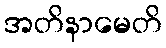
အတိနာမေတိ